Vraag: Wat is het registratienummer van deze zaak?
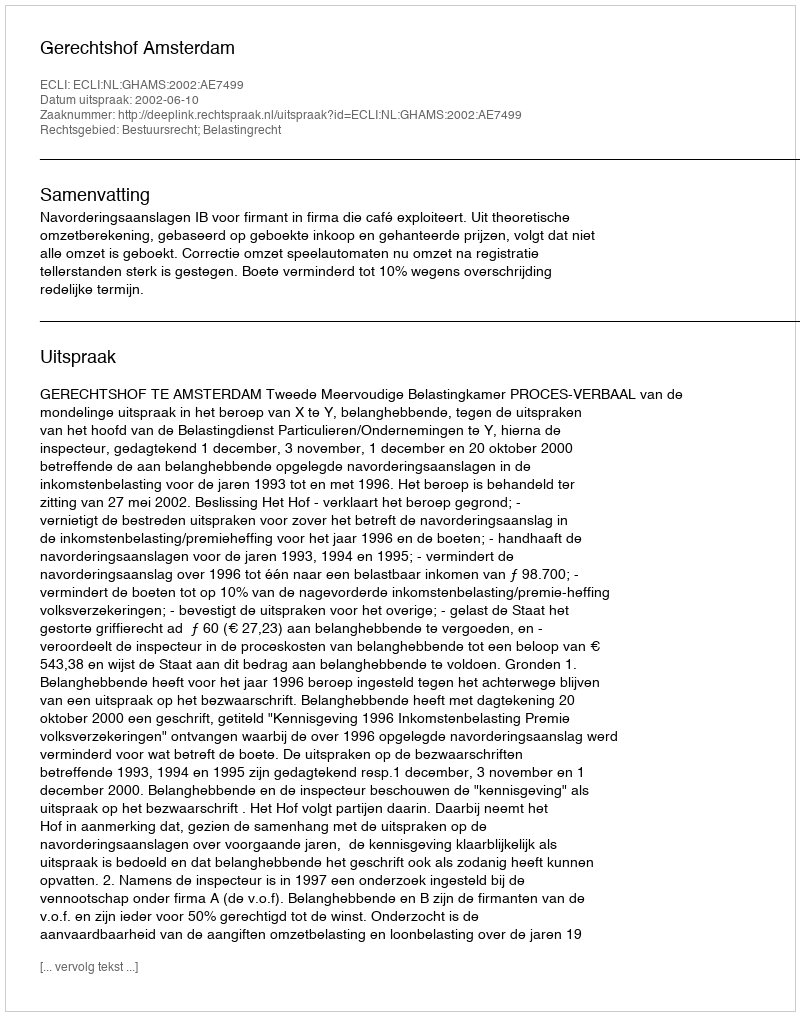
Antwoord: http://deeplink.rechtspraak.nl/uitspraak?id=ECLI:NL:GHAMS:2002:AE7499